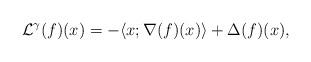
LaTeX: \begin{align*}\mathcal{L}^\gamma(f)(x)=-\langle x;\nabla(f)(x)\rangle + \Delta(f)(x),\end{align*}